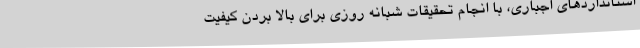
استانداردهای اجباری، با انجام تحقیقات شبانه روزی برای بالا بردن کیفیت